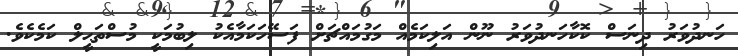
ހަނދުވަރު ދިނަސް ކޮކާހަނދުވަރު ނޫން އަލިކަމެއް މަގުމައްޗަށް ފަސޭހަކަމާއެކު ލިބުމަކީ މުސްތަޙީލް ކަމެކެވެ.